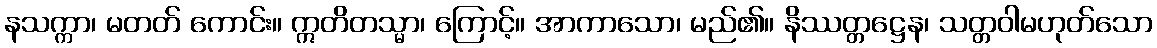
နသက္ကာ၊ မတတ် ကောင်း။ ဣတိတသ္မာ၊ ကြောင့်။ အာကာသော၊ မည်၏။ နိဿတ္တဋ္ဌေန၊ သတ္တဝါမဟုတ်သော